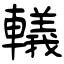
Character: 轙